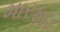
મારફાડ